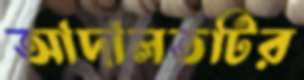
আদালতটির